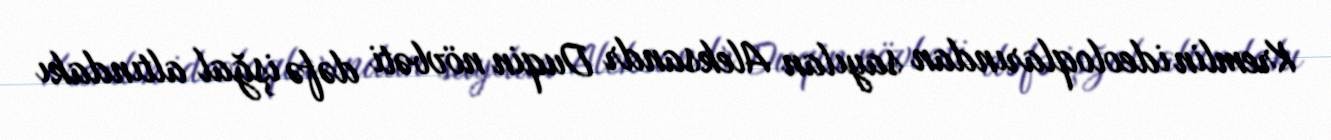
Kremlin ideoloqlarından sayılan Aleksandr Duqin növbəti dəfə işğal altındakı